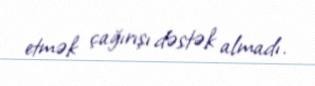
etmək çağırışı dəstək almadı.